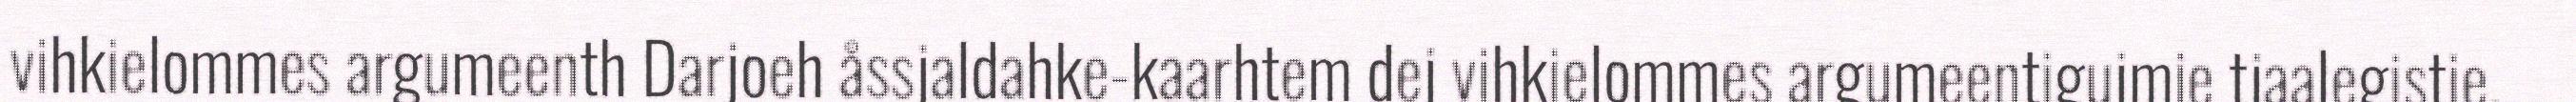
vihkielommes argumeenth Darjoeh åssjaldahke-kaarhtem dej vihkielommes argumeentigujmie tjaalegistie.